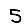
Digit: 5